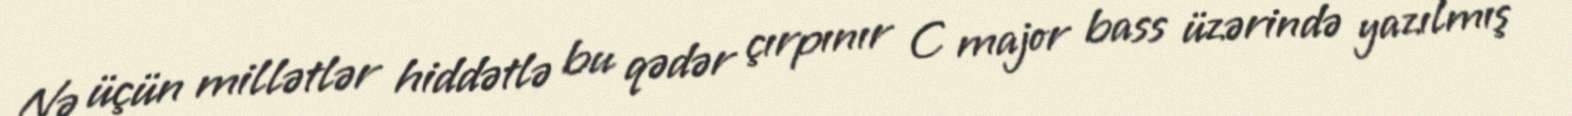
Nə üçün millətlər hiddətlə bu qədər çırpınır C major bass üzərində yazılmış